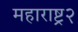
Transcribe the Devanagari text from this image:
महाराष्ट्र२